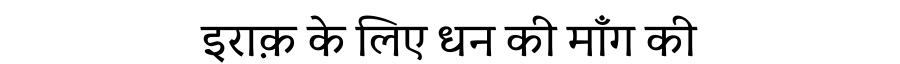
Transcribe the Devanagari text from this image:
इराक़ के लिए धन की माँग की